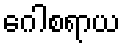
ဂေါစရာယ